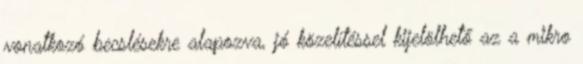
vonatkozó becslésekre alapozva, jó közelítéssel kijelölhető az a mikro